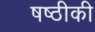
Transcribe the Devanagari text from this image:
षष्ठीकी